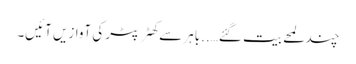
چند لمحے بیت گئے…..باہر سے کھٹر پٹر کی آوازیں آئیں۔